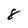
Character: 8